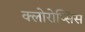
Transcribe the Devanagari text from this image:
क्लोरोप्सिस